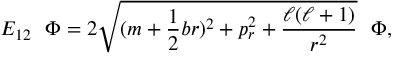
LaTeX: E _ { 1 2 } ~ ~ \Phi = 2 \sqrt { ( m + \frac { 1 } { 2 } b r ) ^ { 2 } + p _ { r } ^ { 2 } + \frac { \ell ( \ell + 1 ) } { r ^ { 2 } } } ~ ~ \Phi ,